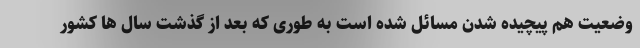
وضعیت هم پیچیده شدن مسائل شده است به طوری که بعد از گذشت سال ها کشور